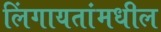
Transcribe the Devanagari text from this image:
लिंगायतांमधील